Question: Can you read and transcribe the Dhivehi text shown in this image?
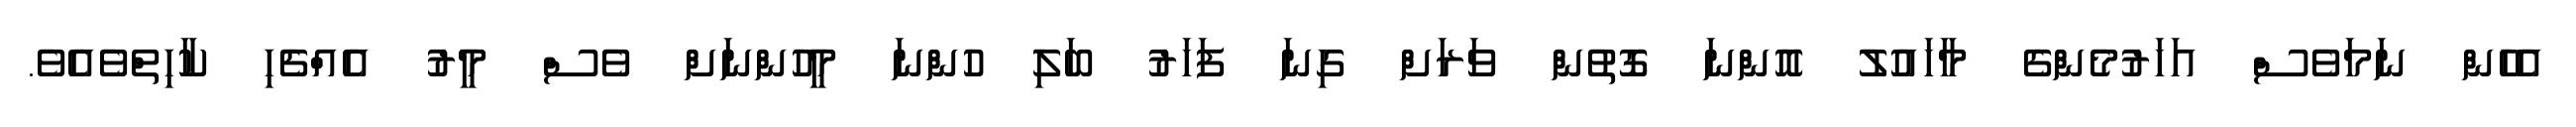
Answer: އެހެން ނަމަވެސް އަހަރުމެންގެ މާހައުލު އޮންނަ ގޮތުން ވަރަށް ގިނަ ފަހަރު ބަލި ހުންނަ މީހުންނަށް ވެސް މީރު އެއްޗެހި ކާހިތްވެއެވެ.